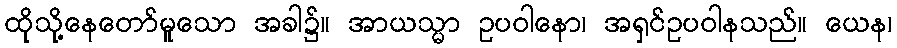
ထိုသို့နေတော်မူသော အခါ၌။ အာယသ္မာ ဥပဝါနော၊ အရှင်ဥပဝါနသည်။ ယေန၊